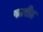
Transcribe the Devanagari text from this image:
पद्यपीठ